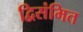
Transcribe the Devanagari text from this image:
द्विसंमित